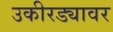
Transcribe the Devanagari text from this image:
उकीरड्यावर